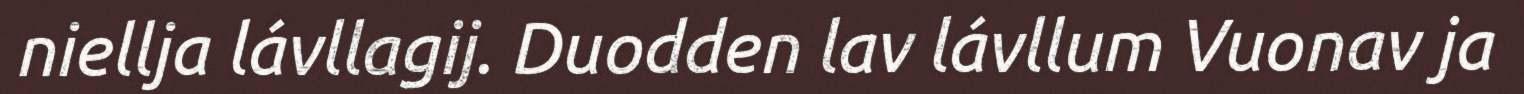
niellja lávllagij. Duodden lav lávllum Vuonav ja